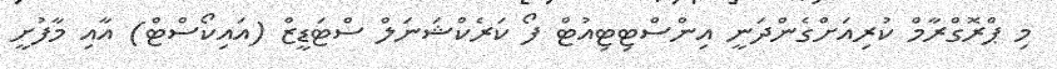
މި ޕްރޮގްރާމް ކުރިއަށްގެންދަނީ އިންސްޓިޓިއުޓް ފޯ ކަރެކްޝަނަލް ސްޓަޑީޒް (އައިކޯސްޓް) އާއި މާފުށީ